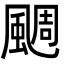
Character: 𩗪